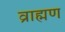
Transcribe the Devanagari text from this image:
व्राह्मण